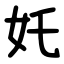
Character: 奼